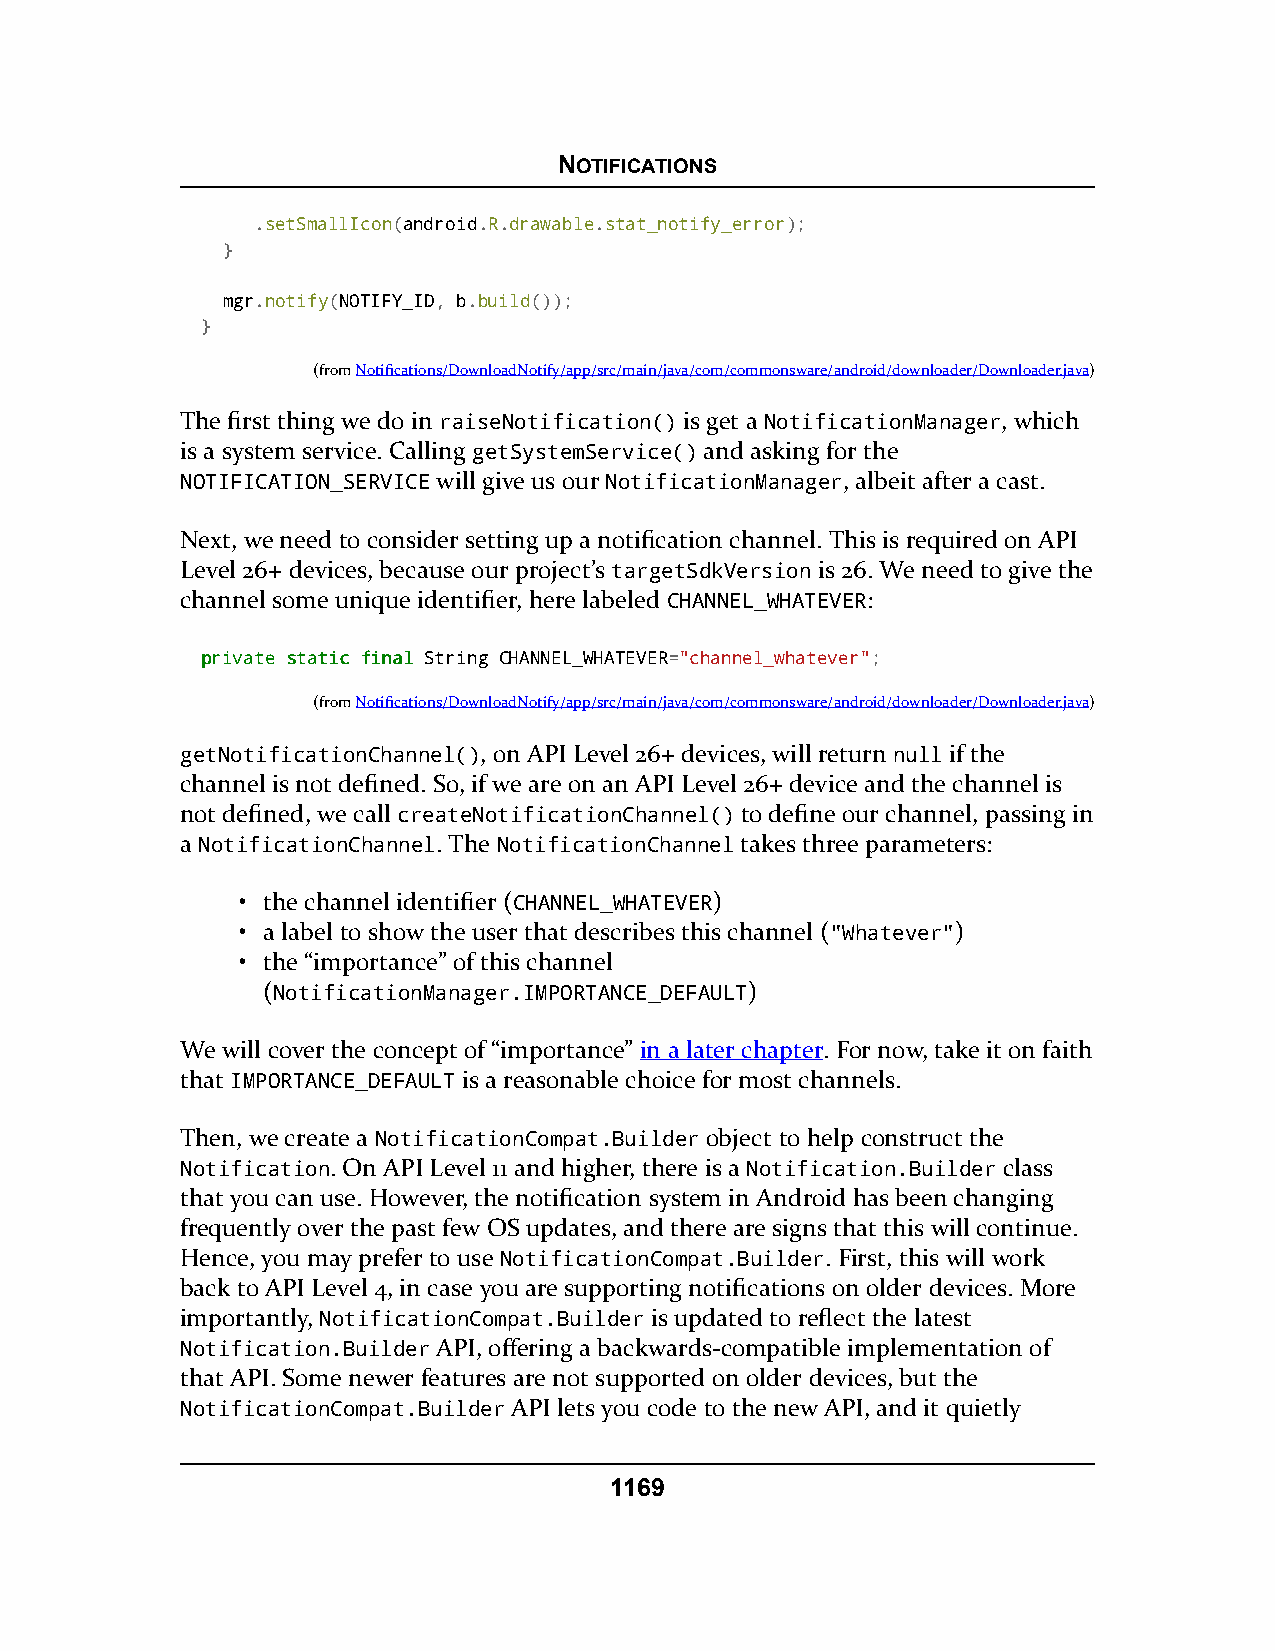
NOTIFICATIONS
 .setSmallIcon(android.R.drawable.stat_notify_error);
 }
 mgr.notify(NOTIFY_ID, b.build());
 }
 (fromNotifications/DownloadNotify/app/src/main/java/com/commonsware/android/downloader/Downloader.java)
 The first thing we do in raiseNotification() is get a NotificationManager, which
 is a system service. Calling getSystemService() and asking for the
 NOTIFICATION_SERVICE will give us our NotificationManager, albeit after a cast.
 Next, we need to consider setting up a notification channel. This is required on API
 Level 26+ devices, because our project’s targetSdkVersion is 26. We need to give the
 channel some unique identifier, here labeled CHANNEL_WHATEVER:
 pprriivvaattee ssttaattiicc ffiinnaall String CHANNEL_WHATEVER="channel_whatever";
 (fromNotifications/DownloadNotify/app/src/main/java/com/commonsware/android/downloader/Downloader.java)
 getNotificationChannel(), on API Level 26+ devices, will return null if the
 channel is not defined. So, if we are on an API Level 26+ device and the channel is
 not defined, we call createNotificationChannel() to define our channel, passing in
 a NotificationChannel. The NotificationChannel takes three parameters:
 • the channel identifier (CHANNEL_WHATEVER)
 • a label to show the user that describes this channel ("Whatever")
 • the “importance” of this channel
 (NotificationManager.IMPORTANCE_DEFAULT)
 We will cover the concept of “importance” in a later chapter. For now, take it on faith
 that IMPORTANCE_DEFAULT is a reasonable choice for most channels.
 Then, we create a NotificationCompat.Builder object to help construct the
 Notification. On API Level 11 and higher, there is a Notification.Builder class
 that you can use. However, the notification system in Android has been changing
 frequently over the past few OS updates, and there are signs that this will continue.
 Hence, you may prefer to use NotificationCompat.Builder. First, this will work
 back to API Level 4, in case you are supporting notifications on older devices. More
 importantly, NotificationCompat.Builder is updated to reflect the latest
 Notification.Builder API, offering a backwards-compatible implementation of
 that API. Some newer features are not supported on older devices, but the
 NotificationCompat.Builder API lets you code to the new API, and it quietly
 1169